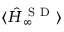
\langle \hat { H } _ { \infty } ^ { \mathrm { ~ S ~ D ~ } } \rangle